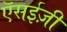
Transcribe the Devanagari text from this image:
ऍसईज़ी